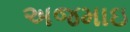
અજમાઇ